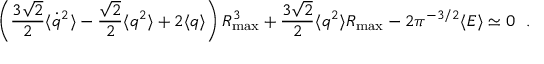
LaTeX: \left( { \frac { 3 \sqrt { 2 } } { 2 } } \langle \dot { q } ^ { 2 } \rangle - { \frac { \sqrt { 2 } } { 2 } } \langle q ^ { 2 } \rangle + 2 \langle q \rangle \right) R _ { \mathrm { m a x } } ^ { 3 } + { \frac { 3 \sqrt { 2 } } { 2 } } \langle q ^ { 2 } \rangle R _ { \mathrm { m a x } } - 2 \pi ^ { - 3 / 2 } \langle E \rangle \simeq 0 ~ ~ .